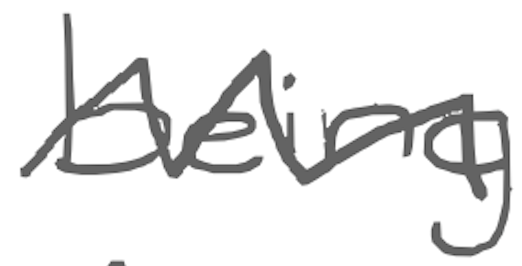
Text: being
Cross-out: zig-zag
Writing tool: digital_gray